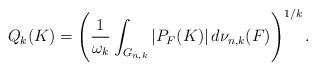
LaTeX: \begin{align*}Q_k(K)=\left(\frac{1}{\omega_k}\int_{G_{n,k}}|P_F(K)|\,d\nu_{n,k}(F)\right)^{1/k}.\end{align*}